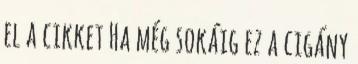
el a cikket Ha még sokáig ez a cigány